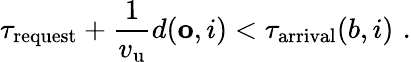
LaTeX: \tau_{\mathrm{request}}+\frac{1}{v_{\mathrm{u}}}d(\mathbf{o},i)<\tau_{\mathrm{arrival}}(b,i)\, \, .